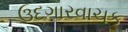
ઉદગારવાચક